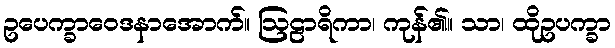
ဥပေက္ခာဝေဒနာအောက်။ ဩဠာရိကာ၊ ကုန်၏။ သာ၊ ထိုဥပက္ခာ